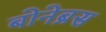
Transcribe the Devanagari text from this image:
बोनेब्रस